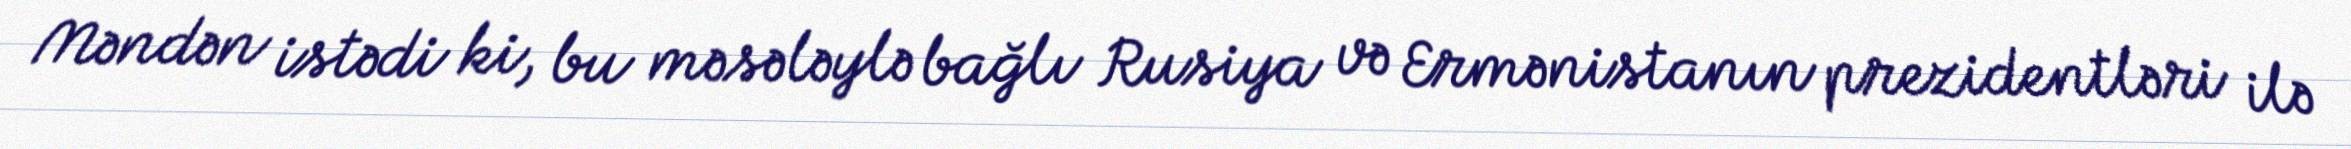
Məndən istədi ki, bu məsələylə bağlı Rusiya və Ermənistanın prezidentləri ilə